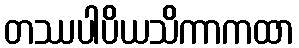
တဿပါပိယသိကာကထာ